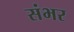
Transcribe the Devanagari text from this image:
संभर